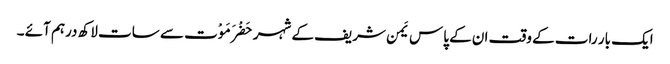
ایک بار رات کے وقت ان کے پاس یَمن شریف کے شہر حَضْرَمَوْت سے سات لاکھ درہم آئے ۔